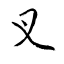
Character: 叉